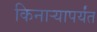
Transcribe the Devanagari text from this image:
किनार्‍यापर्यंत